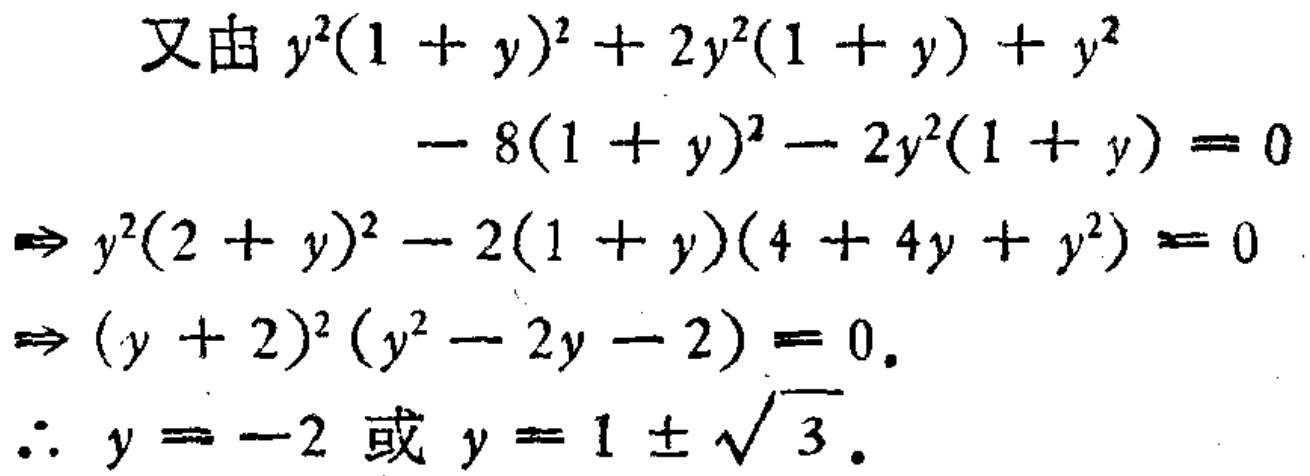
\[
\begin{align*}
&\text{又由 }y^{2}(1 + y)^{2}+2y^{2}(1 + y)+y^{2}\\
&\quad\quad\quad - 8(1 + y)^{2}-2y^{2}(1 + y)=0\\
\Rightarrow&y^{2}(2 + y)^{2}-2(1 + y)(4 + 4y + y^{2})=0\\
\Rightarrow&(y + 2)^{2}(y^{2}-2y - 2)=0.\\
\therefore&y=-2\text{ 或 }y = 1\pm\sqrt{3}.
\end{align*}
\]